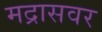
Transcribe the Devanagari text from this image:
मद्रासवर